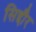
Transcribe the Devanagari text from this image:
सिद्दौर